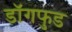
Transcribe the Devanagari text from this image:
डॉगफुड